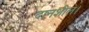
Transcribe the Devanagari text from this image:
दानशील।